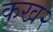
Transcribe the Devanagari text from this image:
कख२